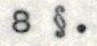
8 §.